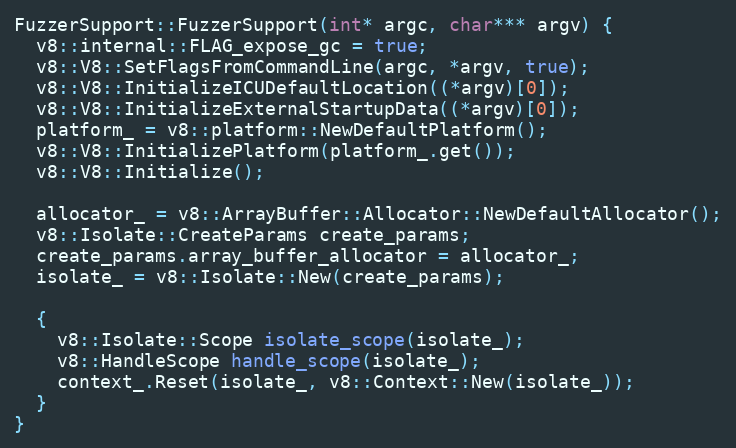
Language: C++
FuzzerSupport::FuzzerSupport(int* argc, char*** argv) {
  v8::internal::FLAG_expose_gc = true;
  v8::V8::SetFlagsFromCommandLine(argc, *argv, true);
  v8::V8::InitializeICUDefaultLocation((*argv)[0]);
  v8::V8::InitializeExternalStartupData((*argv)[0]);
  platform_ = v8::platform::NewDefaultPlatform();
  v8::V8::InitializePlatform(platform_.get());
  v8::V8::Initialize();

  allocator_ = v8::ArrayBuffer::Allocator::NewDefaultAllocator();
  v8::Isolate::CreateParams create_params;
  create_params.array_buffer_allocator = allocator_;
  isolate_ = v8::Isolate::New(create_params);

  {
    v8::Isolate::Scope isolate_scope(isolate_);
    v8::HandleScope handle_scope(isolate_);
    context_.Reset(isolate_, v8::Context::New(isolate_));
  }
}